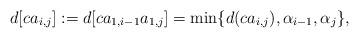
LaTeX: \begin{align*}d[ca_{i,j}]:=d[ca_{1,i-1}a_{1,j}]=\min\{d(ca_{i,j}),\alpha_{i-1},\alpha_{j}\},\end{align*}